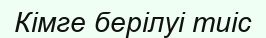
Кімге берілуі тиіс